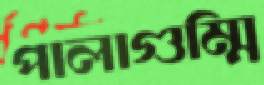
পালাগুম্মি